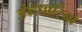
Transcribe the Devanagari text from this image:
अंशधारियो